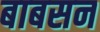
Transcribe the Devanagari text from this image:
बाबसन